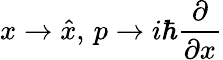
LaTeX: x\to{\hat{x}},\, p\to i\hbar{\frac{\partial}{\partial x}}